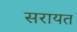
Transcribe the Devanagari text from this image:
सरायत